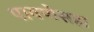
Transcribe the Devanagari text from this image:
पावणेसहा